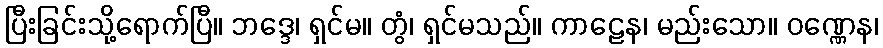
ပြီးခြင်းသို့ရောက်ပြီ။ ဘဒ္ဒေ၊ ရှင်မ။ တွံ၊ ရှင်မသည်။ ကာဠေန၊ မည်းသော။ ဝဏ္ဏေန၊